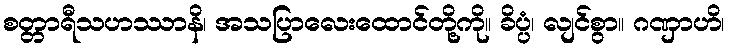
စတ္တာရီသဟဿာနိ၊ အသပြာလေးထောင်တို့ကို။ ခိပ္ပံ၊ လျင်စွာ။ ဂဏှာဟိ၊